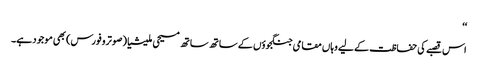
‘‘
اس قصبے کی حفاظت کے لیے وہاں مقامی جنگجوؤں کے ساتھ ساتھ مسیحی ملیشیا (صوترو فورس) بھی موجود ہے۔